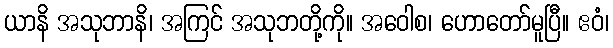
ယာနိ အသုဘာနိ၊ အကြင် အသုဘတို့ကို။ အဝေါစ၊ ဟောတော်မူပြီ။ ဧဝံ၊